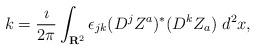
LaTeX: \begin{align*}k = \frac{\imath}{2\pi} \int_{{\bf R}^2} \epsilon_{jk} (D^j Z^a)^* (D^k Z_a) \; d^{2}x,\end{align*}